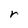
Character: r